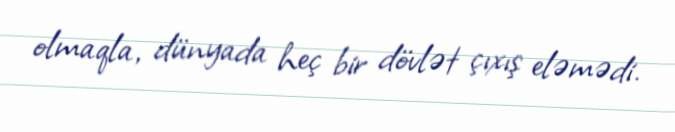
olmaqla, dünyada heç bir dövlət çıxış eləmədi.